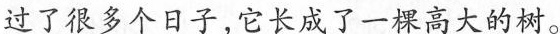
过了很多个日子，它长成了一棵高大的树。